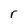
Character: r